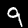
Label: 9